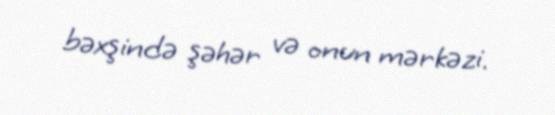
bəxşində şəhər və onun mərkəzi.